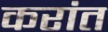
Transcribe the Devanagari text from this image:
करांत